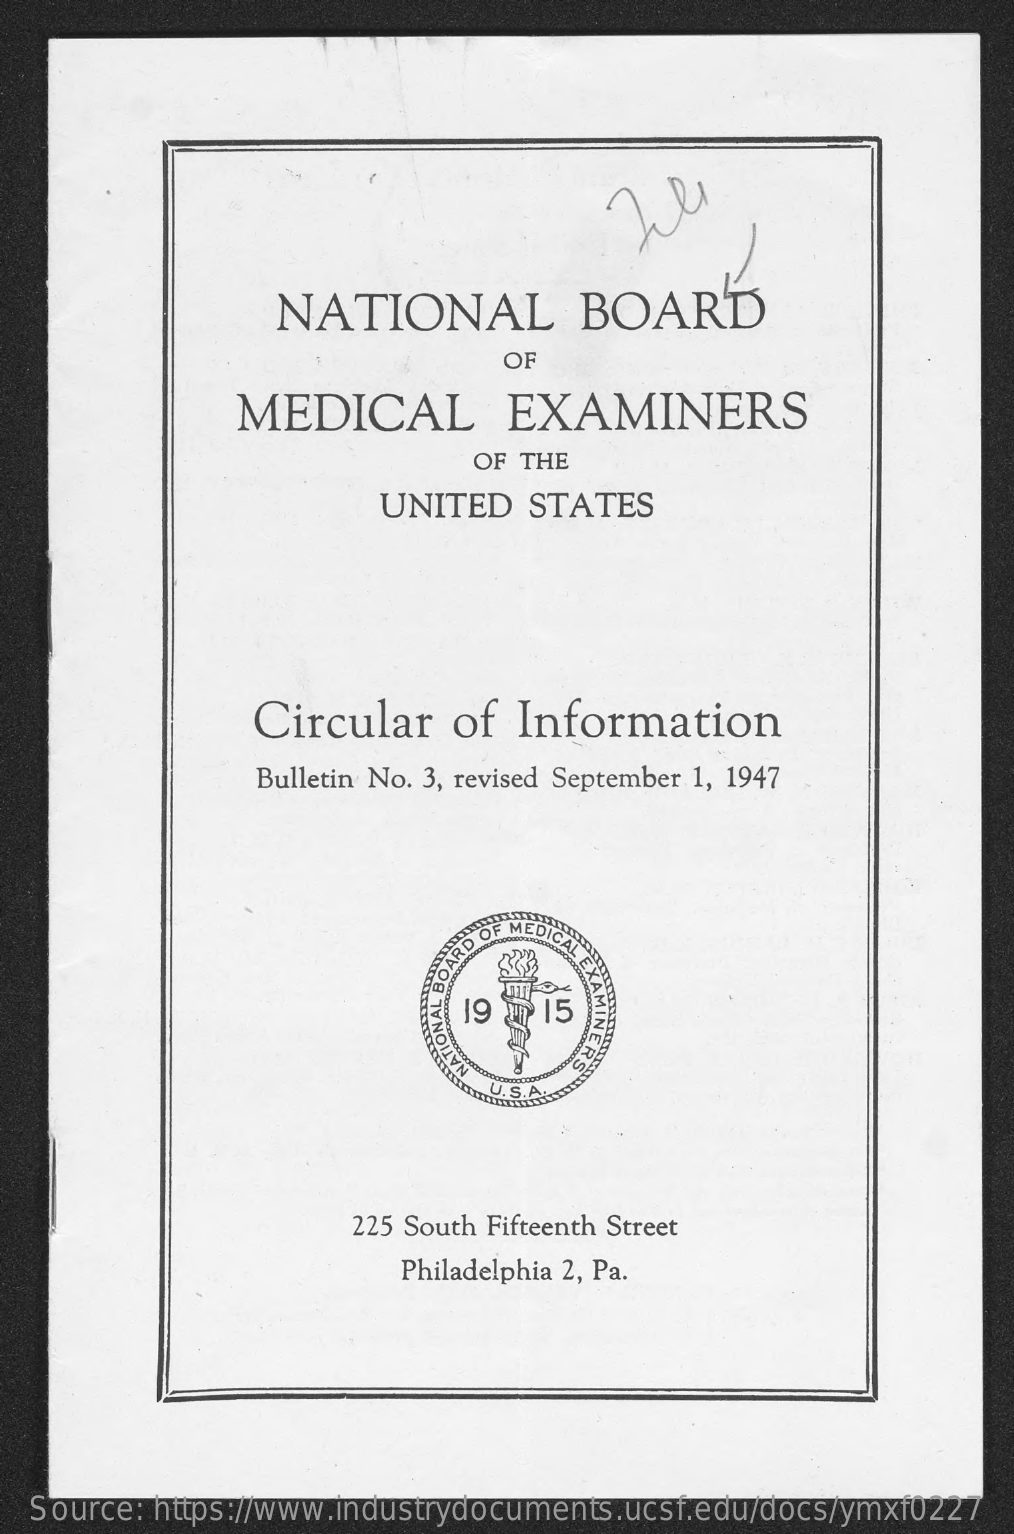
NATIONAL    BOARD
     OF
     MEDICAL    EXAMINERS
     OF THE
     UNITED   STATES
     Circular    of  Information
     Bulletin No. 3, revised September 1, 1947
     19
     IONAL
     U.S.
     225 South Fifteenth Street
     Philadelphia 2, Pa.
  Source: https://www.industrydocuments.ucsf.edu/docs/ymxf0227